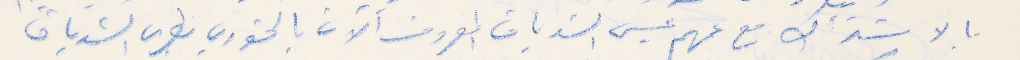
بالاشتراك مع عمهم عيسى الشدياق المعروف الان بالخورى بطرس الشدياق